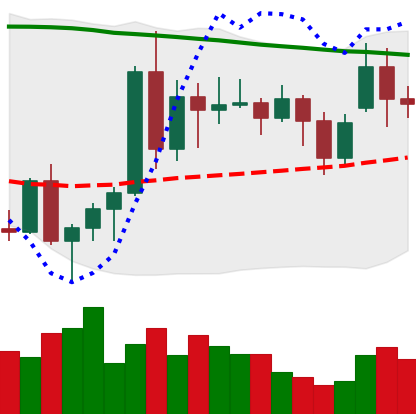
Ticker: ADA-USD
Chart end date: 2020-11-19
Forward return: 57.107%
Label: up_7plus